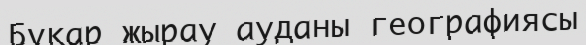
Бұқар жырау ауданы географиясы